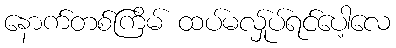
နောက်တစ်ကြိမ် ထပ်မလ်ှုပ်ရင်ပေါ့လေ